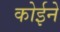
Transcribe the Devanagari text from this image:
कोईने